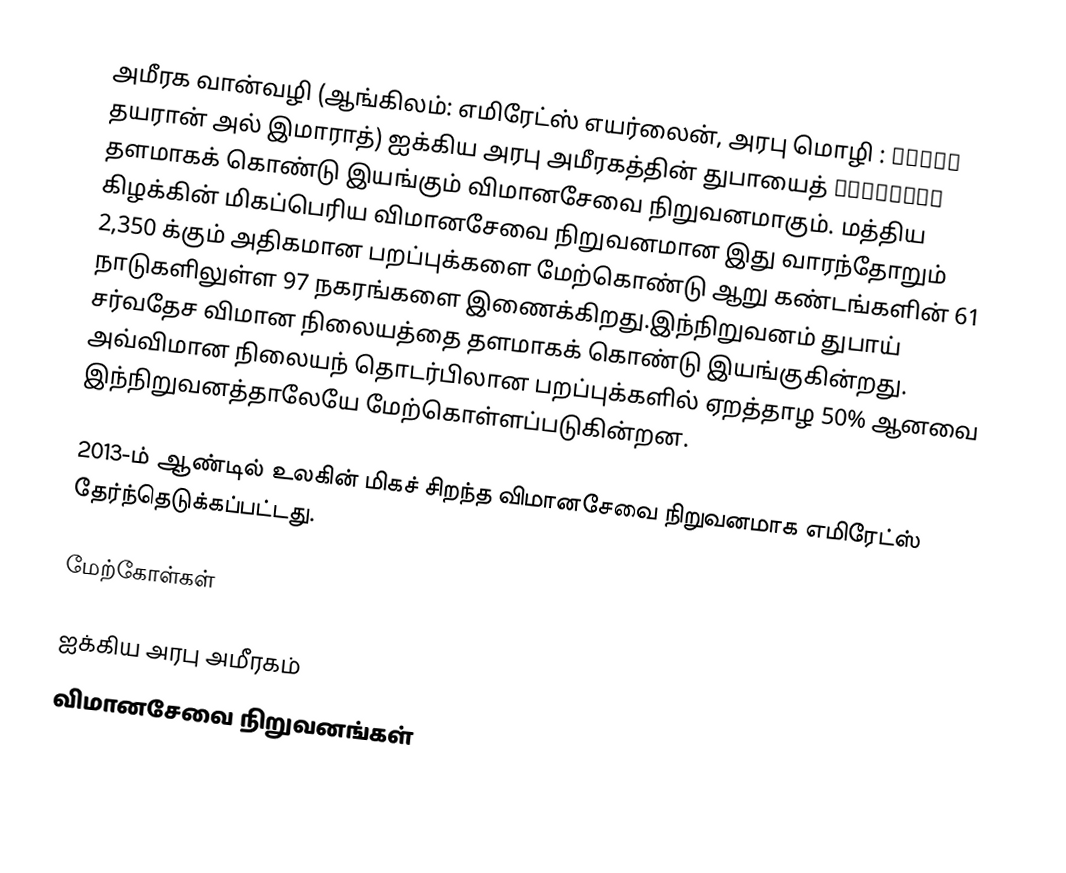
அமீரக வான்வழி (ஆங்கிலம்: எமிரேட்ஸ் எயர்லைன், அரபு மொழி : طيران الإمارات தயரான் அல் இமாராத்) ஐக்கிய அரபு அமீரகத்தின் துபாயைத் தளமாகக் கொண்டு இயங்கும் விமானசேவை நிறுவனமாகும். மத்திய கிழக்கின் மிகப்பெரிய விமானசேவை நிறுவனமான இது வாரந்தோறும் 2,350 க்கும் அதிகமான பறப்புக்களை மேற்கொண்டு ஆறு கண்டங்களின் 61 நாடுகளிலுள்ள 97 நகரங்களை இணைக்கிறது.இந்நிறுவனம் துபாய் சர்வதேச விமான நிலையத்தை தளமாகக் கொண்டு இயங்குகின்றது. அவ்விமான நிலையந் தொடர்பிலான பறப்புக்களில் ஏறத்தாழ 50% ஆனவை இந்நிறுவனத்தாலேயே மேற்கொள்ளப்படுகின்றன.

2013-ம் ஆண்டில் உலகின் மிகச் சிறந்த விமானசேவை நிறுவனமாக எமிரேட்ஸ் தேர்ந்தெடுக்கப்பட்டது.

மேற்கோள்கள்

ஐக்கிய அரபு அமீரகம்
விமானசேவை நிறுவனங்கள்